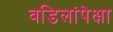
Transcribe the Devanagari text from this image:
वडिलांपेक्षा